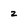
Character: z